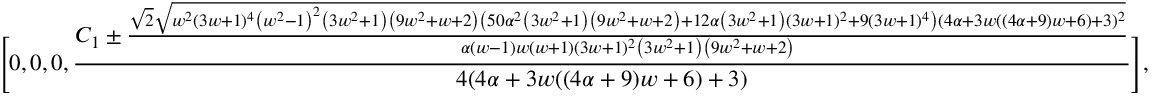
\Bigg [ 0 , 0 , 0 , \frac { C _ { 1 } \pm \frac { \sqrt { 2 } \sqrt { w ^ { 2 } ( 3 w + 1 ) ^ { 4 } \left( w ^ { 2 } - 1 \right) ^ { 2 } \left( 3 w ^ { 2 } + 1 \right) \left( 9 w ^ { 2 } + w + 2 \right) \left( 5 0 \alpha ^ { 2 } \left( 3 w ^ { 2 } + 1 \right) \left( 9 w ^ { 2 } + w + 2 \right) + 1 2 \alpha \left( 3 w ^ { 2 } + 1 \right) ( 3 w + 1 ) ^ { 2 } + 9 ( 3 w + 1 ) ^ { 4 } \right) ( 4 \alpha + 3 w ( ( 4 \alpha + 9 ) w + 6 ) + 3 ) ^ { 2 } } } { \alpha ( w - 1 ) w ( w + 1 ) ( 3 w + 1 ) ^ { 2 } \left( 3 w ^ { 2 } + 1 \right) \left( 9 w ^ { 2 } + w + 2 \right) } } { 4 ( 4 \alpha + 3 w ( ( 4 \alpha + 9 ) w + 6 ) + 3 ) } \Bigg ] ,